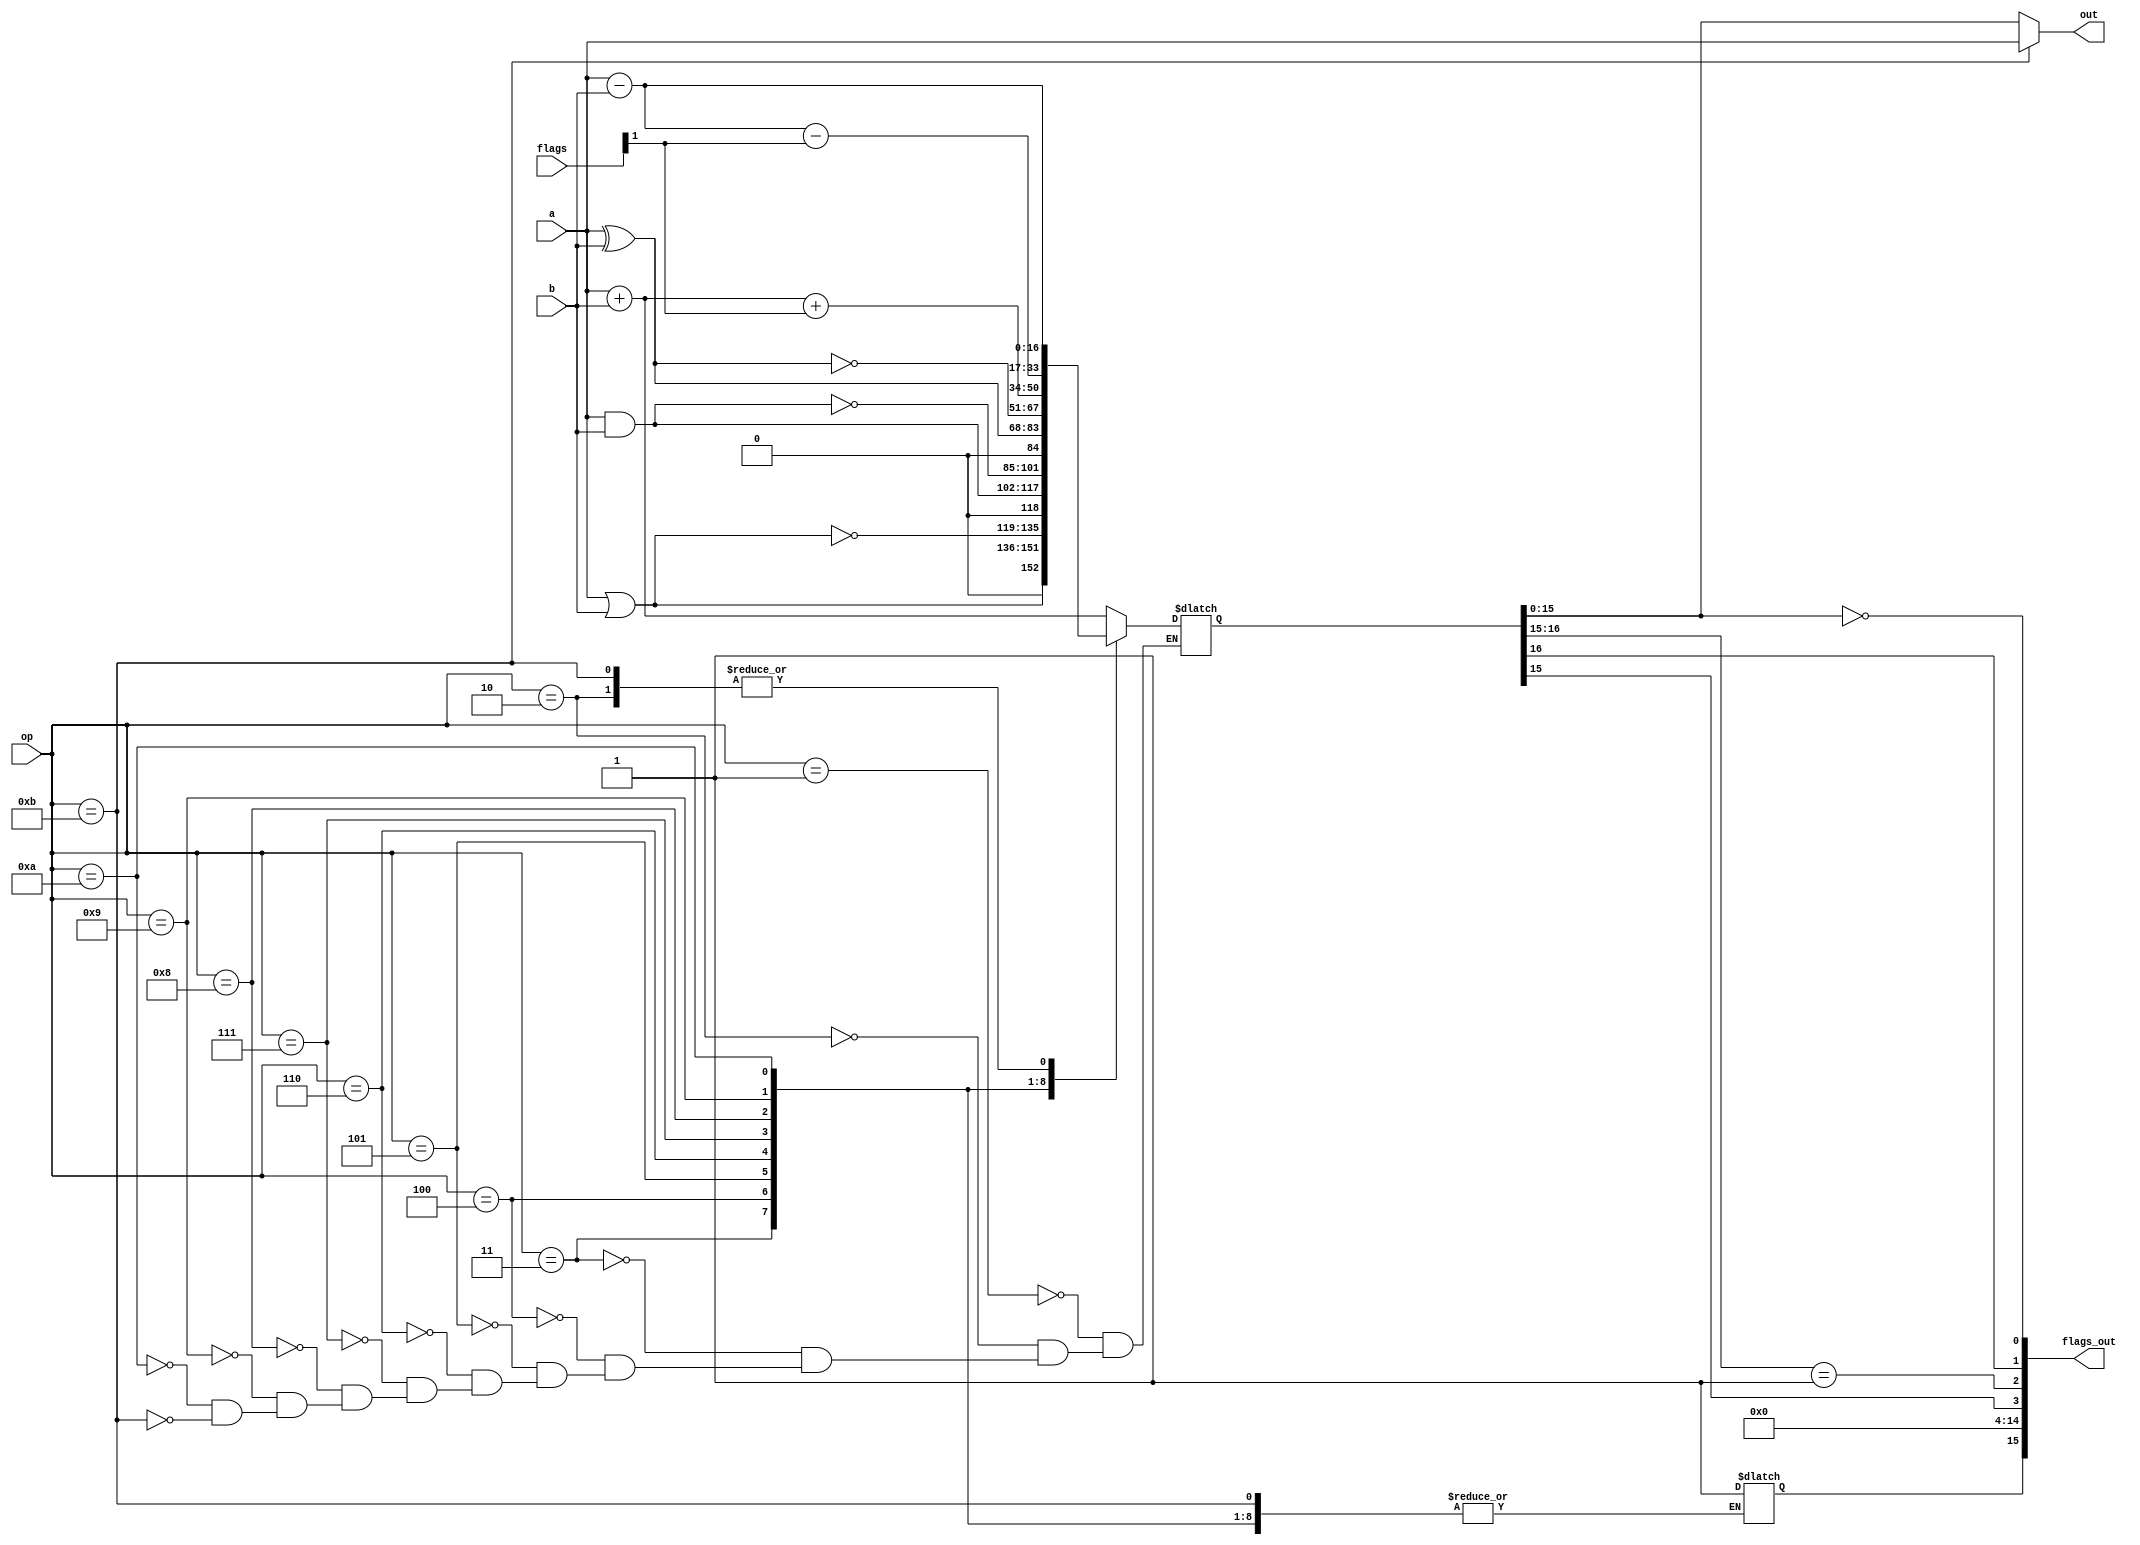
// simple16
//
// A minimal CPU
//
// word / byte / address: 16 bit
//
// 16 registers; r0 aleays read 0
// 2op addressing
//
// instruction formats:
// 0000 0000 oppp drrr      // 1op - 0 is invalid
// 0000 oppp drrr srrr      // 2op - 0 is invalid
// 0001 cccc rrrr 0000      // cjmp to r   if c
// 0001 cccc rrrr 0001      // cjmp to [r] if c
// 0001 cccc 0000 0010  N   // cjmp abs N  if c
// 0010 oppp drrr ivvv      // 2op immidiate
// 0011 cccc ivvvvvvv       // cjmp relative +-127 if c
// 0100 drrr arrr orrr      // load [a + o] to d
// 0101 drrr arrr orrr      // store d to [a + o]
// 0110 cccc rrrr 0000      // ccall r if c
// 0110 cccc rrrr 0001      // ccall [r] if c
// 0110 cccc rrrr 0010  N   // ccall abs N if c
// 0111 0000 0000 0001      // ret
// 0111                     // misc
// 1000 drrr ivvvvvvv       // load immidiate v to d
// 1001 rrrr 00000000   N   // load immidiate N in next word to r
// 1010                     // free
// 1011 drrr srrr dp sp     // move s to d from pages (see below)
// 1100
// 1101
// 1110
// 1111
//
// register pages:
//    0   1   2   3   4   5   6   7   [...]
// 0: r0  r1  r2  r3  r4  r5  r6  r7  ...
// 1: ip  fl  [reserved...]
// 2: reserved
// 3: reserved
// every instruction except mov (1001) always uses page 0
//
// 2ops:
// 0000 - invalid / trap
// 0001 - add
// 0010 - sub
// 0011 - or
// 0100 - nor
// 0101 - and
// 0110 - nand
// 0111 - xor
// 1000 - xnor
// 1001 - adc
// 1010 - sbb
// 1011 - cmp (sub, but no commit)
// <rest> - reserved
//
// 1ops:
// 0001 - not
// 0010 - inv (2s comp invert)
// 0011 - push (r15 as sp)
// 0100 - pop  (r15 as sp)
// 0101 - inc
// 0110 - dec
//   thoughts:
//   int, syscall, msr?

module SimpleALU(a, b, op, flags, out, flags_out);
    input[15:0] a, b;
    input[3:0] op;
    input[15:0] flags;

    reg[16:0] acc = 0;

    output[15:0] out;
    output[15:0] flags_out;

    wire of, cf, zf, sf;
    reg ef = 0;

    assign zf = acc[15:0] == 0;
    assign cf = acc[16];
    assign sf = acc[15];
    assign of = acc[16:15] == 2'b01;

    assign out = op == 4'b1011 ? a : acc[15:0];
    assign flags_out = {ef, 11'd0, sf, of, cf, zf};

    always @(*) begin
        case (op)
        4'b0001: acc = a + b;            // add
        4'b0010: acc = a - b;            // sub
        4'b0011: acc = a | b;            // or
        4'b0100: acc = ~(a | b);         // nor
        4'b0101: acc = a & b;            // and
        4'b0110: acc = ~(a & b);         // nand
        4'b0111: acc = a ^ b;            // xor
        4'b1000: acc = ~(a ^ b);         // xnor
        4'b1001: acc = a + b + flags[1]; // adc
        4'b1010: acc = a - b - flags[1]; // sbb
        4'b1011: acc = a - b;            // cmp
        default: ef = 1;
        endcase
    end
endmodule

// `define RAM_DEBUG

module SimpleRAM(clock, address, data, we, oe);
    parameter SIZE = 2048;

    input clock;
    input[15:0] address;
    input we;
    input oe;

    inout[15:0] data;

    reg[7:0] memory [0:SIZE-1];
    reg[15:0] read;

    // tristate control
    assign data = (address < 16'h0fff && oe && !we) ? read : 16'bz;

    always @ (posedge clock) begin
        if (address < 16'h0FFF && we) begin
            `ifdef RAM_DEBUG
                $display("time: %t, RAM: writing %b to %d",
                    $time, data, address);
            `endif
            memory[address] <= data[15:8];
            memory[address+1] <= data[7:0];
        end
    end

    always @ (posedge clock) begin
        if (address < 16'h1000 && !we && oe) begin
            read[15:8] <= memory[address];
            read[7:0] <= memory[address+1];
            `ifdef RAM_DEBUG
                $display("time: %t, RAM: reading %d: got %b",
                    $time, address, read);
            `endif
        end
    end

    integer k;
    initial begin
        $display("initializing RAM");
        for (k = 0; k < SIZE; k = k + 1)
            memory[k] = 16'h0000;

        $readmemh("test.mem", memory);
    end
endmodule

// `define INSTR_DEBUG

module SimpleCPU(clock, int, reset, address_bus, ram_write, data_bus);
    input clock;
    input int;
    input reset;

    output reg[15:0] address_bus = 0;
    inout[15:0] data_bus;
    output reg ram_write = 0;

    reg[15:0] alu_a;
    reg[15:0] alu_b;
    reg[3:0] alu_op;
    reg[15:0] alu_flags;
    wire[15:0] alu_flags_out;
    wire[15:0] alu_out;

    reg[15:0] pc;
    reg[15:0] int_vec;

    reg[15:0] instruction;
    reg[2:0] instruction_stage = 0;
    reg next_instr = 1;

    reg[15:0] registers [15:0];
    reg[15:0] flags = 0;

    reg[15:0] data_out_buffer;

    assign data_bus = ram_write ? data_out_buffer : 16'bz;

    SimpleALU alu(alu_a, alu_b, alu_op, alu_flags, alu_out, alu_flags_out);

    always @ (posedge reset) begin
        registers[0] <= 0;
        registers[1] <= 0;
        registers[2] <= 0;
        registers[3] <= 0;
        registers[4] <= 0;
        registers[5] <= 0;
        registers[6] <= 0;
        registers[7] <= 0;
        registers[8] <= 0;
        registers[9] <= 0;
        registers[10] <= 0;
        registers[11] <= 0;
        registers[12] <= 0;
        registers[13] <= 0;
        registers[14] <= 0;
        registers[15] <= 0;

        pc <= 0;
        address_bus <= 0;
        int_vec <= 0;
        next_instr <= 1;
    end

    reg do_jump = 0;
    reg[15:0] jump_to = 0;

    `define ZF flags[0]
    `define CF flags[1]
    `define OF flags[2]
    `define SF flags[3]

    always @ (posedge clock) begin
        if (next_instr) begin
            instruction = data_bus;
        end
        
        casez ({instruction_stage, instruction})
        19'b0000000000000000000: begin
            $display("0 stop");
            $finish;
        end

        19'b00000000000????????: begin
            `ifdef INSTR_DEBUG
                $display("1op: unimplemented");
            `endif
        end

        19'b0000000????????????: begin
            `ifdef INSTR_DEBUG
                $display("2op: %b, rd: %b, rs: %b",
                    instruction[11:8], instruction[7:4], instruction[3:0]);
            `endif
            alu_op <= instruction[11:8];
            alu_a <= registers[instruction[7:4]];
            alu_b <= registers[instruction[3:0]];
            instruction_stage <= 1;
            next_instr = 0;
        end
        19'b0010000????????????: begin
            registers[instruction[7:4]] <= alu_out;
            flags <= alu_flags_out;
            next_instr = 1;
        end

        19'b00000010000????????: begin
            `ifdef INSTR_DEBUG
                $display("cjmp: %b, to: (r%0d)",
                    instruction[7:4], instruction[3:0]);
            `endif
            jump_to = registers[instruction[3:0]];

            // $display("IN JUMP: zf: %b, cf: %b, of: %b, sf: %b",
            //     flags[0], flags[1], flags[2], flags[3]);

            case (instruction[7:4])
            // ja / jnbe
            4'b0001: if (~`ZF && ~`CF) do_jump = 1;
            // jae / jnb / jnc
            4'b0010: if (~`CF) do_jump = 1;
            // jb / jnae / jc
            4'b0011: if (`CF) do_jump = 1;
            // jbe / jna
            4'b0100: if (`CF || `ZF) do_jump = 1;
            // jg / jnle
            4'b0101: if (~`ZF && `SF == `OF) do_jump = 1;
            // jge / jnl
            4'b0110: if (`SF == `OF) do_jump = 1;
            // jl / jnge
            4'b0111: if (`SF != `OF) do_jump = 1;
            // jle / jng
            4'b1000: if (~`ZF || `SF != `OF) do_jump = 1;
            // jeq
            4'b1001: if (`ZF) do_jump = 1;
            // jne
            4'b1010: if (~`ZF) do_jump = 1;
            // jo
            4'b1011: if (`OF) do_jump = 1;
            // jno
            4'b1100: if (~`OF) do_jump = 1;
            // jmp
            4'b1101: do_jump = 1;
            // unassigned
            4'b1110: do_jump = 0;
            4'b1111: do_jump = 0;
            endcase
        end

        19'b0000001????????????: begin
            `ifdef INSTR_DEBUG
                $display("cjmp: %b, to: pc + %0d",
                    instruction[11:8], $signed({{8{instruction[7]}}, instruction[7:0]}));
            `endif
            jump_to = pc + {{8{instruction[7]}}, instruction[7:0]};

            // $display("IN JUMP: zf: %b, cf: %b, of: %b, sf: %b",
            //     flags[0], flags[1], flags[2], flags[3]);

            case (instruction[11:8])
            // ja / jnbe
            4'b0001: if (~`ZF && ~`CF) do_jump = 1;
            // jae / jnb / jnc
            4'b0010: if (~`CF) do_jump = 1;
            // jb / jnae / jc
            4'b0011: if (`CF) do_jump = 1;
            // jbe / jna
            4'b0100: if (`CF || `ZF) do_jump = 1;
            // jg / jnle
            4'b0101: if (~`ZF && `SF == `OF) do_jump = 1;
            // jge / jnl
            4'b0110: if (`SF == `OF) do_jump = 1;
            // jl / jnge
            4'b0111: if (`SF != `OF) do_jump = 1;
            // jle / jng
            4'b1000: if (~`ZF || `SF != `OF) do_jump = 1;
            // jeq
            4'b1001: if (`ZF) do_jump = 1;
            // jne
            4'b1010: if (~`ZF) do_jump = 1;
            // jo
            4'b1011: if (`OF) do_jump = 1;
            // jno
            4'b1100: if (~`OF) do_jump = 1;
            // jmp
            4'b1101: do_jump = 1;
            // unassigned
            4'b1110: do_jump = 0;
            4'b1111: do_jump = 0;
            endcase
        end

        19'b0000010????????????: begin
            `ifdef INSTR_DEBUG
                $display("2opi: %b, rd: %b, imm: %b",
                    instruction[11:8], instruction[7:4], instruction[3:0]);
                $display("UNFINISHED NEED TO CHANGE TO IMM = 2^IMM");
            `endif
            alu_op <= instruction[11:8];
            alu_a <= registers[instruction[7:4]];
            alu_b <= instruction[3:0];
            instruction_stage <= 1;
            next_instr = 0;
        end
        19'b0010010????????????: begin
            registers[instruction[7:4]] <= alu_out;
            flags <= alu_flags_out;
            next_instr = 1;
        end

        19'b0000011????????????: begin
            $display("unused space");
        end

        19'b0000100????????0000: begin
            `ifdef INSTR_DEBUG
                $display("ld r%0d, [r%0d]", instruction[11:8], instruction[7:4]);
            `endif
            address_bus <= registers[instruction[7:4]];
            instruction_stage <= 1;
            next_instr = 0;
        end
        19'b0010100????????0000: begin
            registers[instruction[11:8]] <= data_bus;
            next_instr = 1;
        end

        19'b0000101????????0000: begin
            `ifdef INSTR_DEBUG
                $display("st [r%0d], r%0d", instruction[7:4], instruction[11:8]);
            `endif
            address_bus <= registers[instruction[7:4]];
            data_out_buffer <= registers[instruction[11:8]];
            ram_write <= 1;
            instruction_stage <= 1;
            next_instr = 0;
        end
        19'b0010101????????0000: begin
            ram_write <= 0;
            next_instr = 1;
        end

        19'b0000110????????????: begin
            `ifdef INSTR_DEBUG
                $display("ldo r%0d, [r%0d + r%0d]",
                    instruction[11:8], instruction[7:4], instruction[3:0]);
            `endif
            address_bus <= 
                registers[instruction[7:4]] + registers[instruction[3:0]];
            instruction_stage <= 1;
            next_instr = 0;
        end
        19'b0010110????????????: begin
            registers[instruction[11:8]] <= data_bus;
            next_instr = 1;
        end

        19'b0000111????????????: begin
            `ifdef INSTR_DEBUG
                $display("sto [r%0d + r%0d], r%0d",
                    instruction[7:4], instruction[3:0], instruction[11:8]);
            `endif
            address_bus <= 
                registers[instruction[7:4]] + registers[instruction[3:0]];
            data_out_buffer <= registers[instruction[11:8]];
            ram_write <= 1;
            instruction_stage <= 1;
            next_instr = 0;
        end
        19'b0010111????????????: begin
            ram_write <= 0;
            next_instr = 1;
        end

        19'b0001000????????????: begin
            `ifdef INSTR_DEBUG
                $display("ldi r%0d, %b",
                    instruction[11:8], {{8{instruction[7]}}, instruction[7:0]});
            `endif
            registers[instruction[11:8]] = 
                {{8{instruction[7]}}, instruction[7:0]}; // sign extend
        end

        19'b0001001????00000000: begin
            `ifdef INSTR_DEBUG
                $display("ldil r%0d, <N>", instruction[11:8]);
            `endif
            address_bus <= pc + 2;
            instruction_stage <= 1;
            next_instr = 0;
        end
        19'b0011001????00000000: begin
            registers[instruction[11:8]] = data_bus;
            pc = pc + 2;
            next_instr = 1;
        end

        19'b0001010????????0000: begin
            $display("unused space");
        end

        19'b0001011????????????: begin
            `ifdef INSTR_DEBUG
                $display("mov %0d:r%0d, %0d:r%0d",
                    instruction[3:2], instruction[11:8],
                    instruction[1:0], instruction[7:4]);
            `endif
            if (instruction[3:0] != 0)
                $display("alternate register pages are todo");
            registers[instruction[11:8]] = registers[instruction[7:4]];
        end

        // 19'b000111100000000????:
        //     $display("r%0d: %b",
        //         instruction[3:0], registers[instruction[3:0]]);
        // 19'b000111100000001????:
        //     $display("r%0d: %x",
        //         instruction[3:0], registers[instruction[3:0]]);
        // 19'b000111100000010????:
        //     $display("r%0d: %0d",
        //         instruction[3:0], registers[instruction[3:0]]);

        default: begin
            $display("error, unsupported op/stage %b",
                {instruction_stage, instruction});
            next_instr = 1;
        end
        endcase

        if (next_instr) begin
            instruction_stage <= 0;
            if (do_jump) begin
                pc <= jump_to;
                address_bus <= jump_to;
                do_jump <= 0;
            end else begin
                pc <= pc + 2;
                address_bus <= pc + 2;
            end
        end
    end

    // check flags[3] and jmp to interrupt if set

    initial begin
        // $monitor("a: %b, b: %b, | out: %b, flags: %b", 
        //     alu_a, alu_b, alu_out, alu_flags_out);
    end
endmodule

module SimpleDebug(clock, address_bus, ram_write, data_bus);
    input clock;
    input[15:0] address_bus;
    input ram_write;
    input[15:0] data_bus;

    always @ (posedge clock) begin
        if (ram_write) begin
            case (address_bus)
            16'hFF01:
                $display("out: %0d", data_bus);
            16'hFF02:
                $display("out: %h", data_bus);
            16'hFF03:
                $display("out: %b", data_bus);
            endcase
        end
    end
endmodule

module main;
    wire[15:0] address_bus;
    wire[15:0] data_bus;
    wire ram_write;

    reg clock_enable = 0;
    reg main_clk = 0;

    always #5 main_clk = ~main_clk;

    wire ram_clock, cpu_clock;

    and (ram_clock, clock_enable, main_clk);
    and #(2, 2) (cpu_clock, clock_enable, main_clk);

    pullup pd_addr[15:0] (address_bus); 
    pullup pd_data[15:0] (data_bus);

    SimpleRAM ram0(ram_clock, address_bus, data_bus, ram_write, ~ram_write);

    reg hw_int = 0;
    reg hw_reset = 0;

    SimpleCPU cpu0(cpu_clock, hw_int, hw_reset, address_bus, ram_write, data_bus);

    SimpleDebug sd0(ram_clock, address_bus, ram_write, data_bus);

    initial begin
        hw_reset <= 1;
        #2 hw_reset <= 0;
        #13 clock_enable <= 1;

        // $monitor("time: %t, clk: %b, addr: %b, data: %b",
        //     $time, cpu_clock, address_bus, data_bus);
    end
endmodule